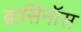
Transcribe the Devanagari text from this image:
ब्रासिनॉस